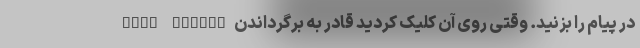
this change در پیام را بزنید. وقتی روی آن کلیک کردید قادر به برگرداندن